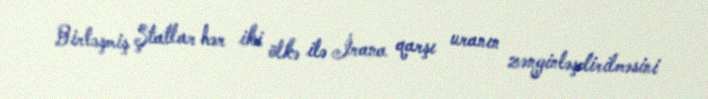
Birləşmiş Ştatlar hər iki ölkə ilə İrana qarşı uranın zənginləşdirilməsini